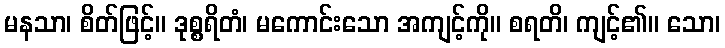
မနသာ၊ စိတ်ဖြင့်။ ဒုစ္စရိတံ၊ မကောင်းသော အကျင့်ကို။ စရတိ၊ ကျင့်၏။ သော၊